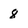
Character: 8